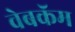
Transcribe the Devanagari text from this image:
वेबकॅम